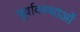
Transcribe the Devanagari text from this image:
पूर्वावस्थाओं